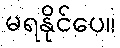
မရနိုင်ပေ။